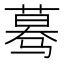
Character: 蓦